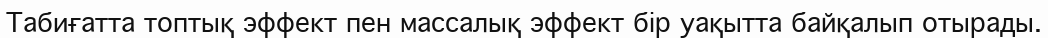
Табиғатта топтық эффект пен массалық эффект бір уақытта байқалып отырады.